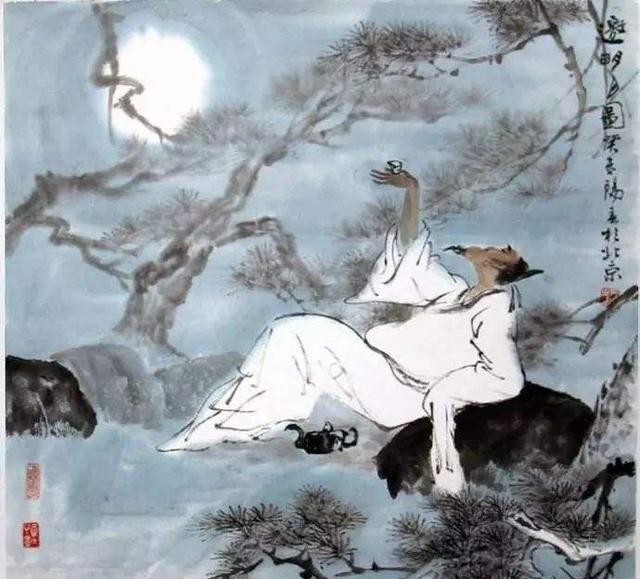
戏马台南山簇簇，山边饮酒歌别曲。